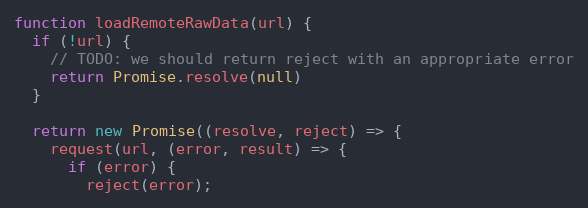
Language: JavaScript
function loadRemoteRawData(url) {
  if (!url) {
    // TODO: we should return reject with an appropriate error
    return Promise.resolve(null)
  }

  return new Promise((resolve, reject) => {
    request(url, (error, result) => {
      if (error) {
        reject(error);